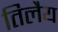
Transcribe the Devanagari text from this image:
तिलैय